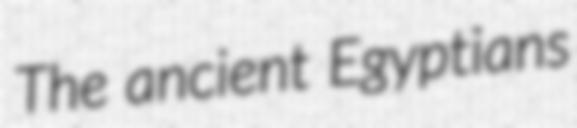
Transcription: The ancient Egyptians